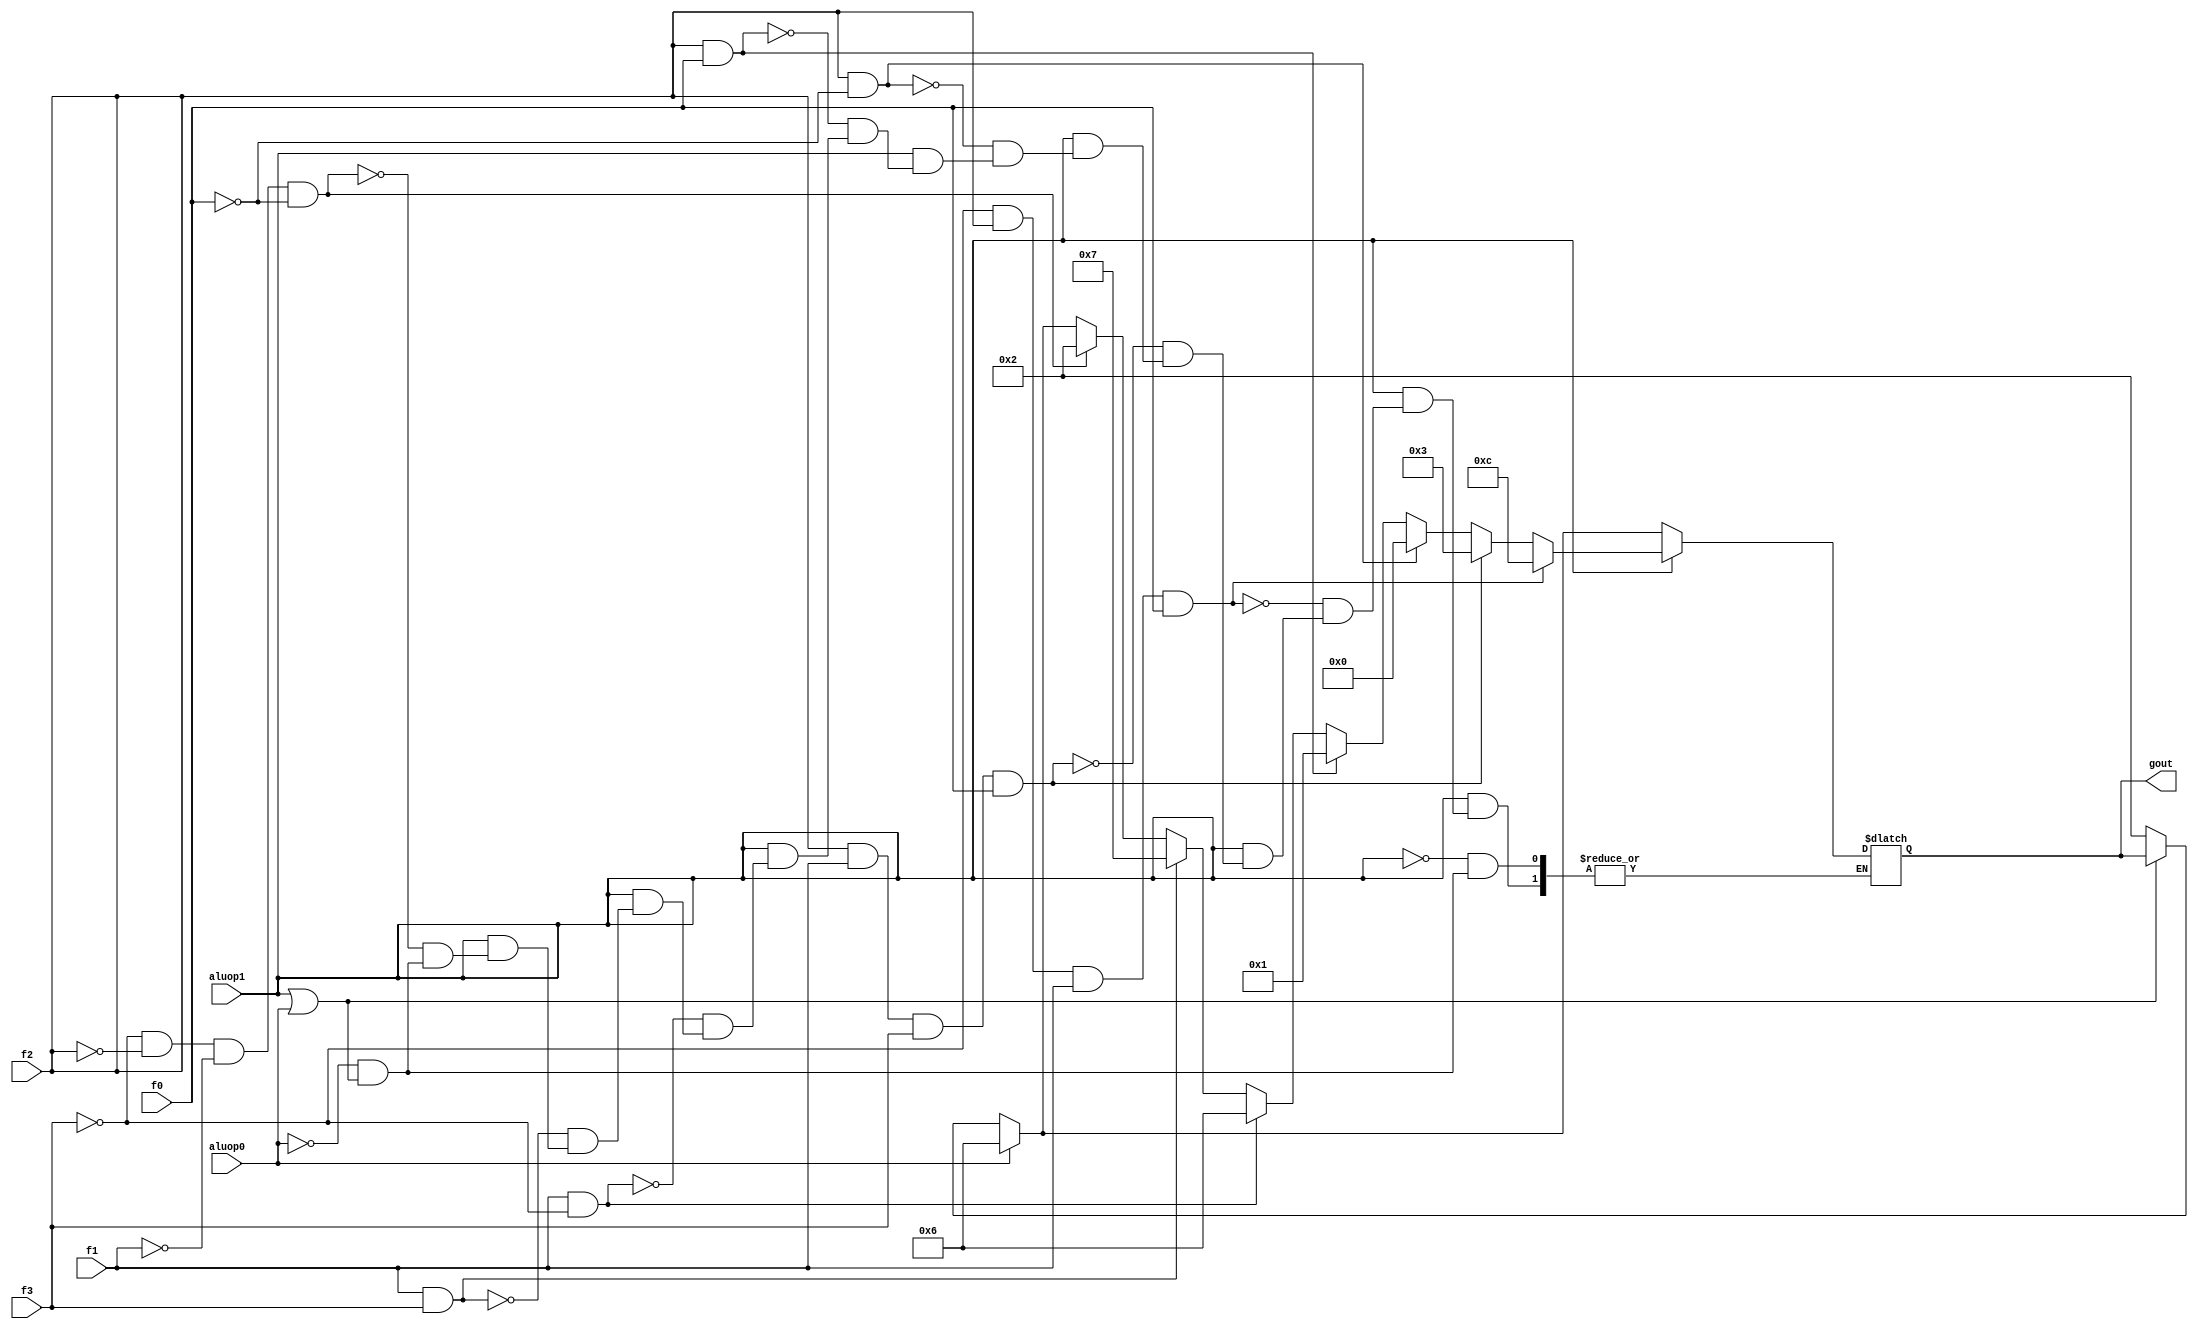
module alucont(aluop1,aluop0,f3,f2,f1,f0,gout);

input aluop1,aluop0,f3,f2,f1,f0;
output [3:0] gout;
reg [3:0] gout;

always @(aluop1 or aluop0 or f3 or f2 or f1 or f0)
begin
	if(~(aluop1|aluop0))
		gout=4'b0010;
	if(aluop0)	
		gout=4'b0110;
	if(aluop1)
	begin
		if (~(f3) & ~(f2) & ~(f1) & ~(f0))
			gout=4'b0010;
		if (f1 & f3)
			gout=4'b0111;
		if (f1 &~(f3))
			gout=4'b0110;
		if (f2 & f0)
			gout=4'b0001;
		if (f2 &~(f0))
			gout=4'b0000;
		if (f2 & f1 & f3 & f0)
			gout = 4'b0011;
		if(~(f3) & f2 & f1 & f0) //Alu control field of the NOR function.
			gout = 4'b1100;  
		
		
	end
end
endmodule